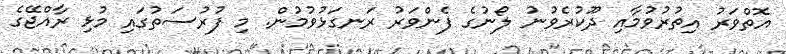
އޮތްވަރު އިތުރުވުމާއި ދޫކުރެވުނު ލޯނުގެ ފެންވަރު ރަނގަޅުވުމުން. މި ފުރުސަތުގައި މުޅި ރާއްޖޭގެ